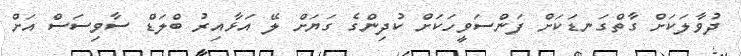
ދުވާލަކަށް ގާތްގަނޑަކަށް ފަންސަވީހަކަށް ކުދިންގެ ގަޔަށް ލޭ އަޅާއިރު ބްލަޑް ސާވިސަސް އަށް